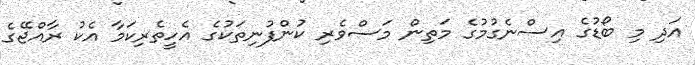
އަދި މި ބޯޑުގެ އިސްނެގުމުގެ މަތިން މަސްވެރި ކުންފުނިތަކުގެ އެހީތެރިކަމާ އެކު ރާއްޖޭގެ